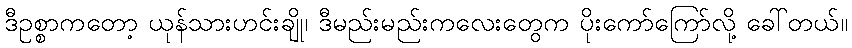
ဒီဥစ္စာကတော့ ယုန်သားဟင်းချို၊ ဒီမည်းမည်းကလေးတွေက ပိုးကော်ကြော်လို့ ခေါ်တယ်။